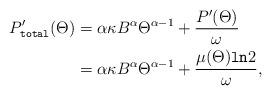
LaTeX: \begin{align*}P_{\texttt{total}}'(\Theta) & =\alpha \kappa B^{\alpha}\Theta^{\alpha-1}+\frac{P'(\Theta)}{\omega} \\ & = \alpha \kappa B^{\alpha}\Theta^{\alpha-1}+\frac{\mu(\Theta)\texttt{ln}2}{\omega},\end{align*}